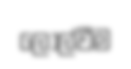
ලොල්වීම